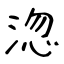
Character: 淴